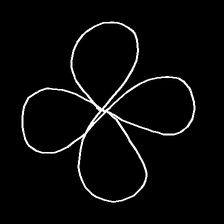
Glyph: billowing